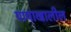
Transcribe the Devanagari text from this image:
पायाखालील